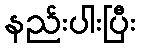
နည်းပါးပြီး